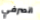
انصرفي